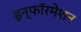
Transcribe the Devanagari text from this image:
इन्फॉरमेशन